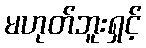
မဟုတ်ဘူးရှင့်